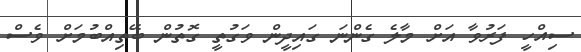
ސިއްހީ ފަރުވާ އަށް މާލެ ގެންނަ ގައިދީން ވަގުތީ ގޮތުން ބޭތިއްބުމަށް ވެސް